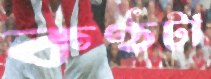
কণ্ঠটা